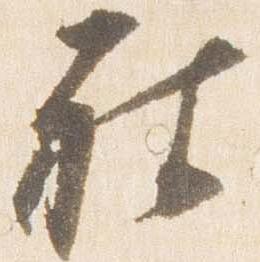
被